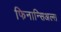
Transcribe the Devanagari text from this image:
फिनान्सिअल्स